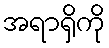
အရာရှိကို